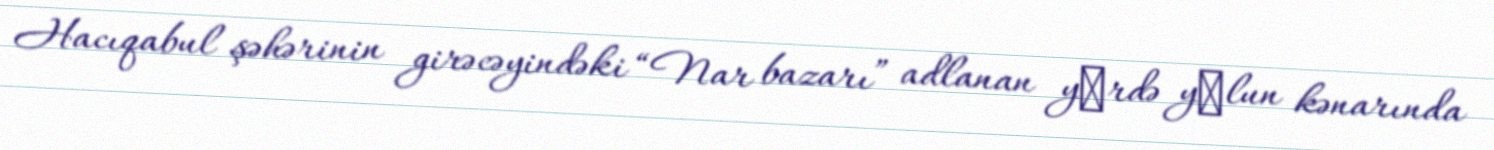
Hacıqabul şəhərinin girəcəyindəki “Nar bazarı” adlanan yеrdə yоlun kənarında